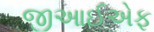
જીઆઈએફ